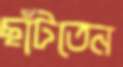
ছাঁটতেন